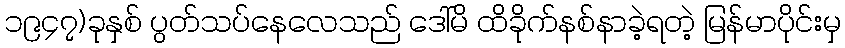
၁၉၄၇)ခုနှစ် ပွတ်သပ်နေလေသည် ဒေါ်မိ ထိခိုက်နစ်နာခဲ့ရတဲ့ မြန်မာပိုင်းမှ